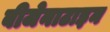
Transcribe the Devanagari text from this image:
बीजेनाटाइन